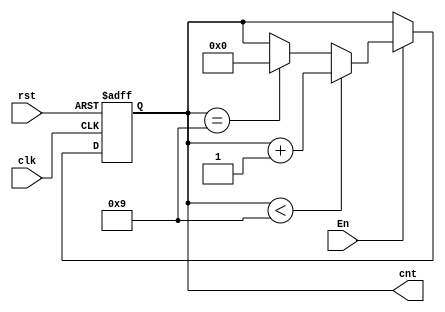
`timescale 1ns / 1ps
//////////////////////////////////////////////////////////////////////////////////
// Company: 
// Engineer: 
// 
// Design Name: 
// Module Name: up_counter
// Project Name: 
// Target Devices: 
// Tool Versions: 
// Description: 
// 
// Dependencies: 
// 
// Revision:
// Revision 0.01 - File Created
// Additional Comments:
// 
//////////////////////////////////////////////////////////////////////////////////


module up_counter (
    input clk, 
    input rst,
    input En,
    //output En_nxt,
    output [3:0] cnt
    );
    reg [3:0] tmp=0;
    //reg done;
    
    
    
    always@(posedge clk or posedge rst)
            begin
                if(rst)
                        tmp <= 0;
                else 
                   begin
                       if(En)
                           begin
                                if(tmp < 4'd9)
                                    begin
                                        tmp <= tmp + 1;
                                    //done <= 0;
                                    end
                               else if(tmp == 4'd9)
                                        tmp <= 0;
                           end
                   end
                        
                    
             end

  
       assign cnt = tmp;
      // assign En_nxt = done & En;
           
          
endmodule